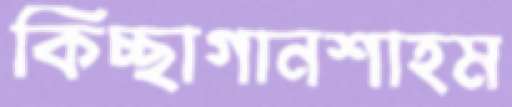
কিচ্ছাগানশাহম